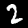
Digit: 2